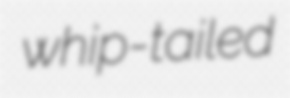
whip-tailed